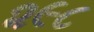
૨૯૮